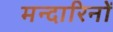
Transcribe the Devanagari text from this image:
मन्दारिनों